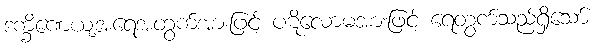
ဒက္ခိဏေယျအရေအတွက်အားဖြင့် ပဋိလောမအားဖြင့် ရေတွက်သည်ရှိသော်